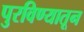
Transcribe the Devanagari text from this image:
पुरविण्यातून